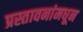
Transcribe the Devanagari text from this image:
प्रस्तावनांमधून